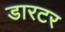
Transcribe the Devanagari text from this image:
डारटर